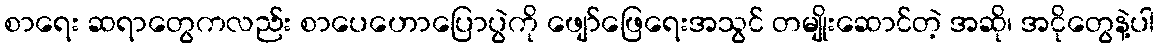
စာရေး ဆရာတွေကလည်း စာပေဟောပြောပွဲကို ဖျော်ဖြေရေးအသွင် တမျိုးဆောင်တဲ့ အဆို၊ အငိုတွေနဲ့ပါ